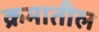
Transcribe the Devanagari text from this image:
क्रमातील